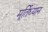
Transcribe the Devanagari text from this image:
मूर्तिध्यान